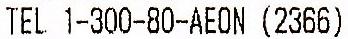
TEL 1-300-80-AEON (2366)